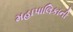
મહાપાલિકાની